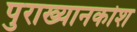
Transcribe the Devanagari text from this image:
पुराख्यानकोश